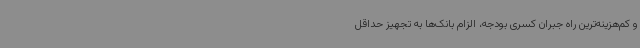
و کم‌هزینه‌ترین راه جبران کسری بودجه، الزام بانک‌ها به تجهیز حداقل